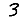
Digit: 3